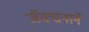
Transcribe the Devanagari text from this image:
जॅक्सनाने